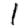
Digit: 1